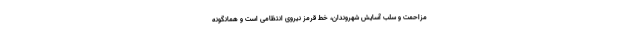
مزاحمت و سلب آسایش شهروندان، خط قرمز نیروی انتظامی است و همانگونه